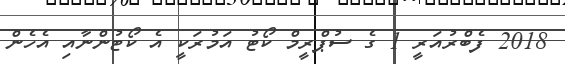
2018 ފެބްރުއަރީ 1 ގެ ސުޕްރީމް ކޯޓު އަމުރަކީ އެ ކޯޓުންނާއި އެހެން